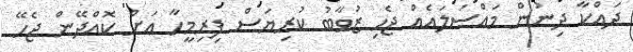
ދައްކާ ދިނުން މައްސަލައެއް ޖެހި ޒުވާބު ކުރިޔަސް ފިރިމީހާ އަށް ކޮއްދޭން ޖެހޭ